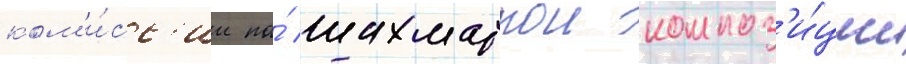
ком'и́сс'ии по́ шахматнои композ'и́ции